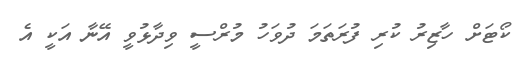
ކޯޓަށް ހާޒިރު ކުރި ފުރަތަމަ ދުވަހު މުރްސީ ވިދާޅުވީ އޭނާ އަކީ އެ